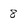
Character: 8